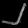
Digit: ၂